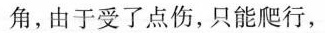
角，由于受了点伤，只能爬行，